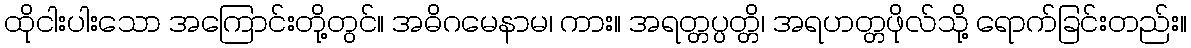
ထိုငါးပါးသော အကြောင်းတို့တွင်။ အဓိဂမေနာမ၊ ကား။ အရတ္တပ္ပတ္တိ၊ အရဟတ္တဖိုလ်သို့ ရောက်ခြင်းတည်း။